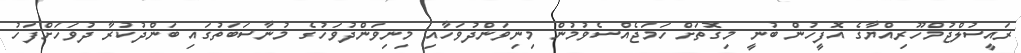
ރައީސުލްޖުމްހޫރިއްޔާގެ އޮފީހުން ބުނީ މިގޮތަށް ހަމަޖެއްސެވުމުން މިނިވަންދުވަހާއި މިނިވަންދުވަހުގެ މުނާސަބަތުގައި ބަންދުކުރާ ދުވަހަށްފަހު